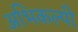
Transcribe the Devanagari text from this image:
अभिकल्पी